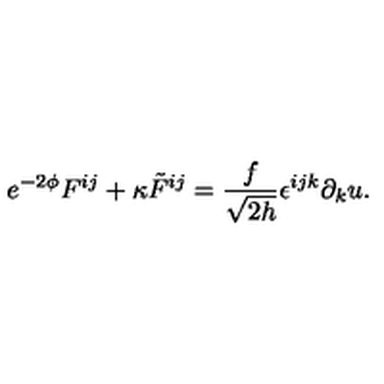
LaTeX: e ^ { - 2 \phi } F ^ { i j } + \kappa { \tilde { F } } ^ { i j } = \frac { f } { \sqrt { 2 h } } \epsilon ^ { i j k } \partial _ { k } u .